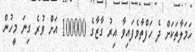
ހަމަލާތަކަށް ދެ ހަފްތާވެފައިވާ އިރު ގާޒާގެ 100000 އަށް ވުރެ ގިނަ މީހުން